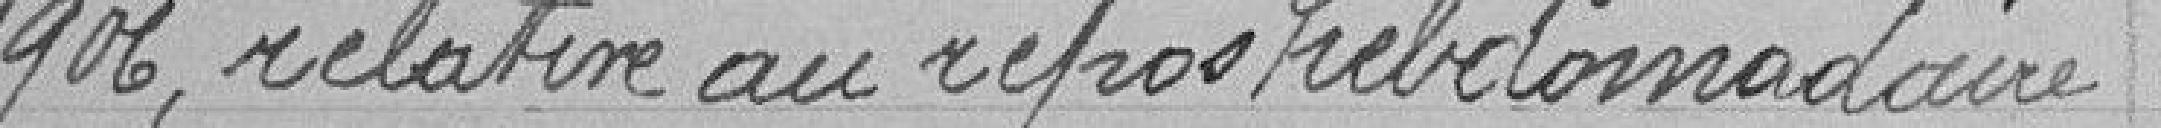
1906, relative au repos hebdomadaire